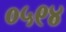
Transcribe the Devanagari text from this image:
०५९४